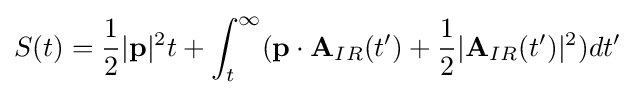
S(t)={\frac {1}{2}}|{\textbf {p}}|^{2}t+\int _{t}^{\infty }({\textbf {p}}\cdot {\textbf {A}}_{IR}(t')+{\frac {1}{2}}|{\textbf {A}}_{IR}(t')|^{2})dt'